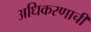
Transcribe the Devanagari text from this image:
अधिकरणाची